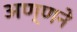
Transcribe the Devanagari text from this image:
अण्णने